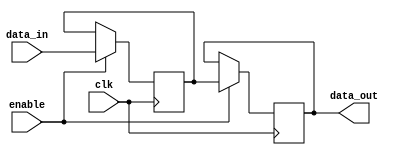
module gated_latch (
    input data_in,
    input enable,
    input clk,
    output reg data_out
);

reg gated_data_out;

always @ (posedge clk) begin
    if (enable) begin
        gated_data_out <= data_in;
    end
end

always @ (posedge clk) begin
    if (enable) begin
        data_out <= gated_data_out;
    end
end

endmodule